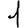
Digit: 1